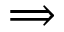
\implies